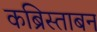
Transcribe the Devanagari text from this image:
कब्रिस्ताबन